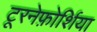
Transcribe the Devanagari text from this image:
टूरनेफ़ोर्शिया